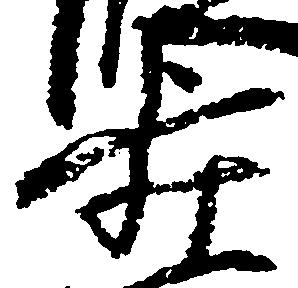
歩